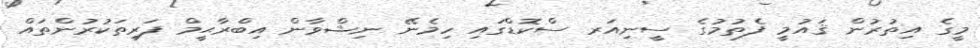
މީގެ އިތުރުން ޤައުމީ ފެތުމުގެ ސީނިއަރ ސްކޮޑްގައި ހިމެނޭ ނިޝްވާން އިބްރާޙީމް ފަރިތަކުރުންތައް